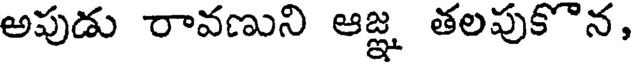
అపుడు రావణుని ఆజ్ఞ తలపుకొన,